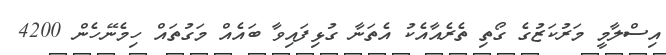
އިސްލާމީ މަރުކަޒުގެ ގޯތި ތެރެއާއެކު އެތަނާ ގުޅިފައިވާ ބައެއް މަގުތައް ހިމެނޭހެން 4200